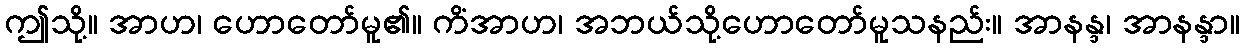
ဤသို့။ အာဟ၊ ဟောတော်မူ၏။ ကိံအာဟ၊ အဘယ်သို့ဟောတော်မူသနည်း။ အာနန္ဒ၊ အာနန္ဒာ။